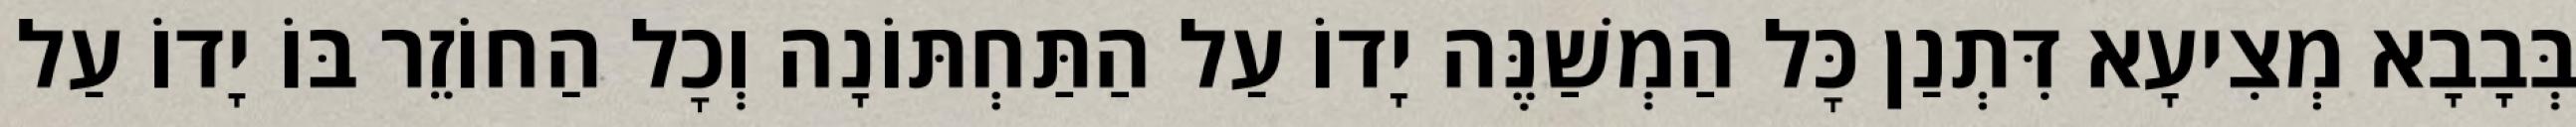
בְּבָבָא מְצִיעָא דִּתְנַן כׇּל הַמְשַׁנֶּה יָדוֹ עַל הַתַּחְתּוֹנָה וְכׇל הַחוֹזֵר בּוֹ יָדוֹ עַל